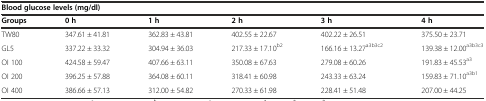
<table><thead><tr><td colspan="6"><b>Blood glucose levels (mg/dl)</b></td></tr><tr><td><b>Groups</b></td><td><b>0 h</b></td><td><b>1 h</b></td><td><b>2 h</b></td><td><b>3 h</b></td><td><b>4 h</b></td></tr></thead><tbody><tr><td>TW80</td><td>347.61 ± 41.81</td><td>362.83 ± 43.81</td><td>402.55 ± 22.67</td><td>402.22 ± 26.51</td><td>375.50 ± 23.71</td></tr><tr><td>GL5</td><td>337.22 ± 33.32</td><td>304.94 ± 36.03</td><td>217.33 ± 17.10<sup>b2</sup></td><td>166.16 ± 13.27<sup>a3b3c2</sup></td><td>139.38 ± 12.00<sup>a3b3c3</sup></td></tr><tr><td>OI 100</td><td>424.58 ± 59.47</td><td>407.66 ± 63.11</td><td>350.08 ± 67.63</td><td>279.08 ± 60.26</td><td>191.83 ± 45.53<sup>a3</sup></td></tr><tr><td>OI 200</td><td>396.25 ± 57.88</td><td>364.08 ± 60.11</td><td>318.41 ± 60.98</td><td>243.33 ± 63.24</td><td>159.83 ± 71.10<sup>a3b1</sup></td></tr><tr><td>OI 400</td><td>386.66 ± 57.13</td><td>312.00 ± 54.82</td><td>270.33 ± 61.98</td><td>228.41 ± 51.48</td><td>207.00 ± 44.25</td></tr></tbody></table>